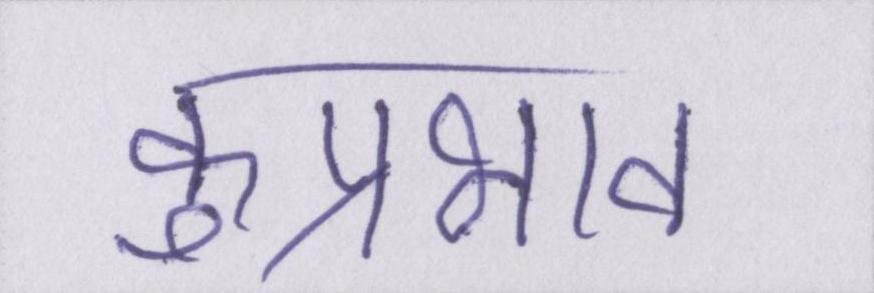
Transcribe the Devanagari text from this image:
कुप्रभाव